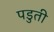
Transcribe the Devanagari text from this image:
पडुती